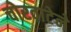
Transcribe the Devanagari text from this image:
चोरवाटेने